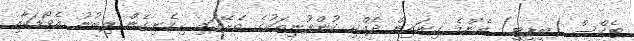
ޓެކްސް (ބީޕީޓީ) އެންމެ ގިނައިން ދެއްކި ކުންފުނިތަކުގެ ތެރޭގައި ހިމެނިގެން ލިބުނު އެވޯޑަކާއި